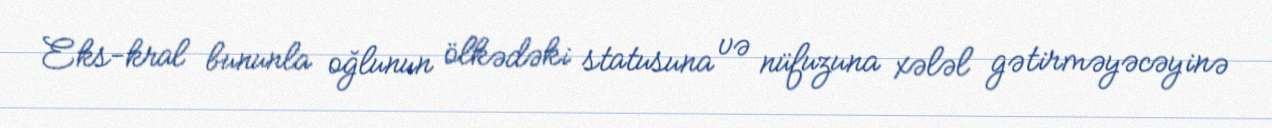
Eks-kral bununla oğlunun ölkədəki statusuna və nüfuzuna xələl gətirməyəcəyinə